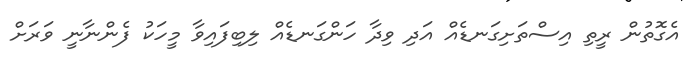
އެގޮތުން ރީތި އިސްތަށިގަނޑެއް އަދި ވިދާ ހަންގަނޑެއް ލިބިފައިވާ މީހަކު ފެންނާނީ ވަރަށް